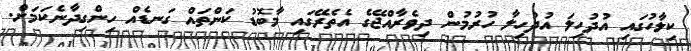
ކިލާހުގައި އުދުހިލަ އުދުހިލާ ހުރުމުން ދިވެރާއްޖޭގެ އެތެރޭގައި މާބޮޑު ކަންތައް ގަނޑެއް ހިންގިދާނެކަމަށް.